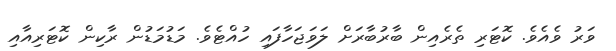
ވަރު ވެއެވެ. ކޮޓަރި ތެރެއިން ބާރުބާރަށް ލަވަޖަހާފައި ހުއްޓެވެ. މަޑުމަޑުން ރާކިން ކޮޓަރިއާއި